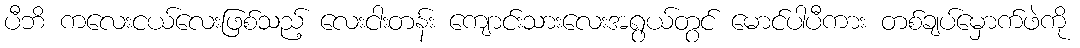
ပီဘိ ကလေးငယ်လေးဖြစ်သည့် လေးငါးတန်း ကျောင်းသားလေးအရွယ်တွင် မောင်ပါပီကား တစ်ချပ်မှောက်ဖဲကို